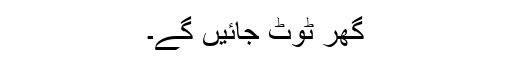
گھر ٹوٹ جائیں گے۔